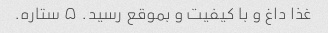
غذا داغ و با کیفیت و بموقع رسید. ۵ ستاره.